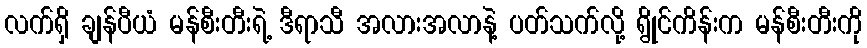
လက်ရှိ ချန်ပီယံ မန်စီးတီးရဲ့ ဒီရာသီ အလားအလာနဲ့ ပတ်သက်လို့ ရွိုင်ကိန်းက မန်စီးတီးကို